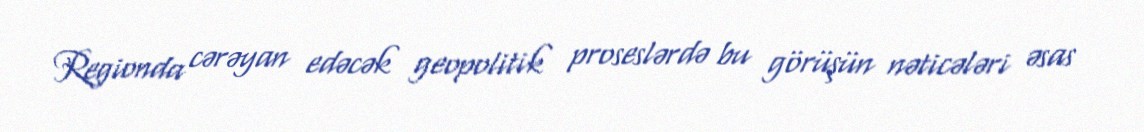
Regionda cərəyan edəcək geopolitik proseslərdə bu görüşün nəticələri əsas